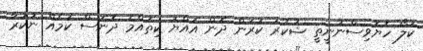
ކަލޯ ހެޔޮވިސްނުނީތީ ޝުކުރު ކުރަން ދޮން އައްޔަ ކިތައްމެ ދޮނަސް ކަމެއް ނުކުރާ